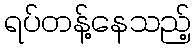
ရပ်တန့်နေသည့်